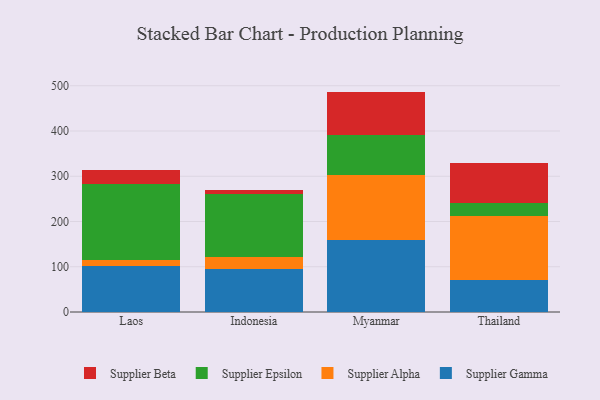
{"axis": {"x": "Country", "y": "Tickets Resolved"}, "legend": ["Supplier Alpha", "Supplier Beta", "Supplier Epsilon", "Supplier Gamma"], "data": [{"x": "Laos", "y": 101.0, "type": "Supplier Gamma"}, {"x": "Laos", "y": 14.5, "type": "Supplier Alpha"}, {"x": "Laos", "y": 167.5, "type": "Supplier Epsilon"}, {"x": "Laos", "y": 30.3, "type": "Supplier Beta"}, {"x": "Indonesia", "y": 95.3, "type": "Supplier Gamma"}, {"x": "Indonesia", "y": 27.2, "type": "Supplier Alpha"}, {"x": "Indonesia", "y": 138.2, "type": "Supplier Epsilon"}, {"x": "Indonesia", "y": 9.7, "type": "Supplier Beta"}, {"x": "Myanmar", "y": 160.0, "type": "Supplier Gamma"}, {"x": "Myanmar", "y": 142.7, "type": "Supplier Alpha"}, {"x": "Myanmar", "y": 89.1, "type": "Supplier Epsilon"}, {"x": "Myanmar", "y": 95.3, "type": "Supplier Beta"}, {"x": "Thailand", "y": 69.7, "type": "Supplier Gamma"}, {"x": "Thailand", "y": 142.4, "type": "Supplier Alpha"}, {"x": "Thailand", "y": 28.5, "type": "Supplier Epsilon"}, {"x": "Thailand", "y": 88.8, "type": "Supplier Beta"}]}